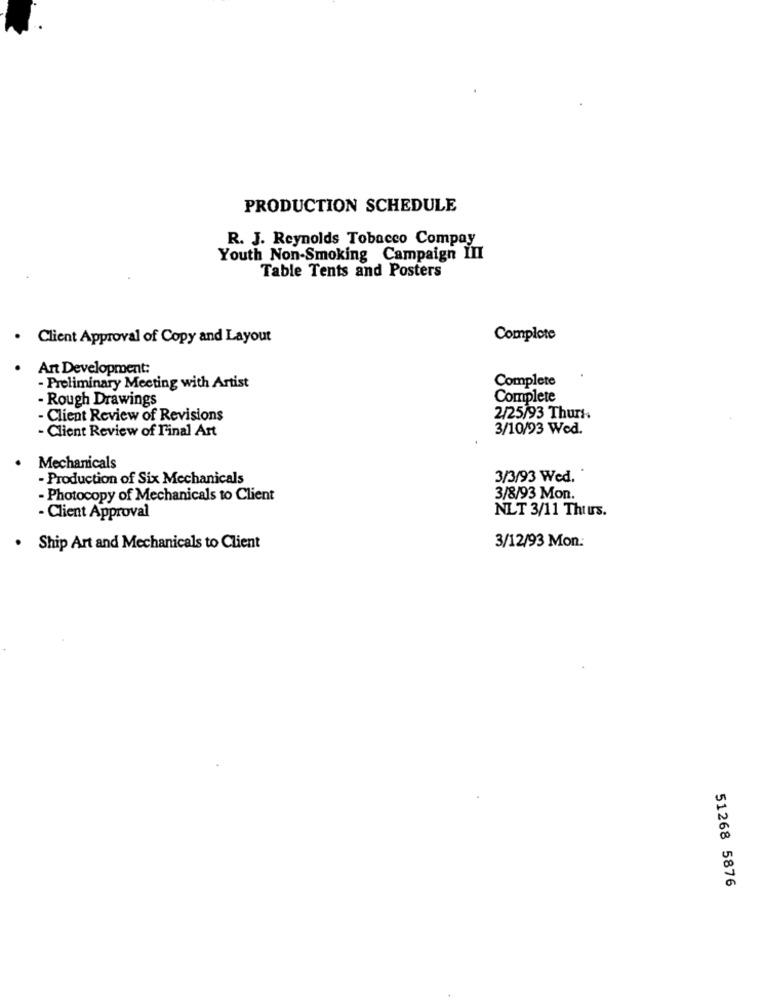
PRODUCTION SCHEDULE
R. J. Reynolds Tobacco Compay
Youth Non-Smoking Campaign III
Table Tents and Posters
Client Approval of Copy and Layout
Complete
Art Development:
Complete
- Preliminary Meeting with Artist
- Rough Drawings
Complete
Client Review of Revisions
2/25/93 Thurs
- Client Review of L'inal Art
3/10/93 Wed.
Mechanicals
- Production of Six Mechanicals
3/3/93 Wed.
- Photocopy of Mechanicals to Client
3/8/93 Mon.
NLT 3/11 Thuurs.
- Client Approval
3/12/93 Mon:
· Ship Art and Mechanicals to Client
51268 5876